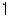
1